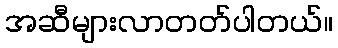
အဆီများလာတတ်ပါတယ်။